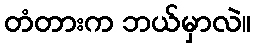
တံတားက ဘယ်မှာလဲ။